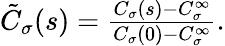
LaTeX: \begin{array}{r}{\tilde{C}_{\sigma}(s)=\frac{C_{\sigma}(s)-C_{\sigma}^{\infty}}{C_{\sigma}(0)-C_{\sigma}^{\infty}}.}\end{array}